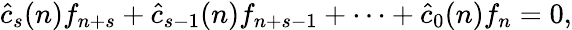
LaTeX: {\widehat{c}}_{s}(n)f_{n+s}+{\widehat{c}}_{s-1}(n)f_{n+s-1}+\cdots+{\widehat{c}}_{0}(n)f_{n}=0,